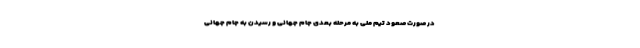
در صورت صعود تیم ملی به مرحله بعدی جام جهانی و رسیدن به جام جهانی